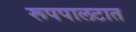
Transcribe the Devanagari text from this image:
रूपपालटात